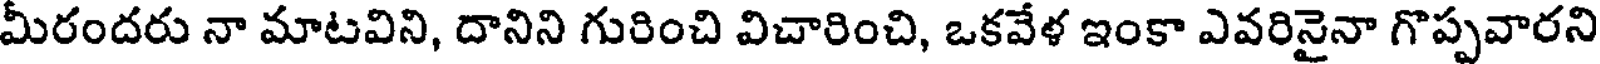
మీరందరు నా మాటవిని, దానిని గురించి విచారించి, ఒకవేళ ఇంకా ఎవరినైనా గొప్పవారని